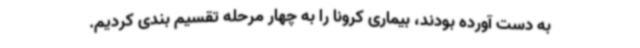
به دست آورده بودند، بیماری کرونا را به چهار مرحله تقسیم بندی کردیم.